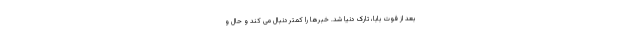
بعد از فوت بابا، تارک دنیا شد. خبرها را کمتر دنبال می کند و حال و